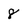
Character: 8